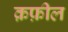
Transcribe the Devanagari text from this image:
क़फ़ील